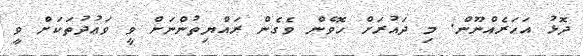
ދޮޅު އަހަރެއްނޫން. މި ދައުރަށް ހޮވެން ވެގެން ރައްޔިތުންނަށް ވީ ވަޢުދުތަކަށް ވީ